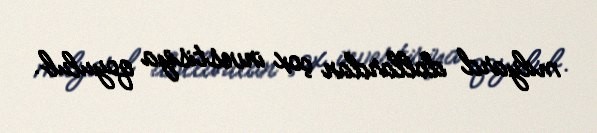
milyard dollardan çox investisiya qoyulub.